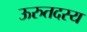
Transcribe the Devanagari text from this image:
ऊरुतदस्य